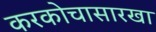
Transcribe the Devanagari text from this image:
करकोचासारखा